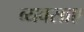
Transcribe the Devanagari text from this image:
व्यवसाए